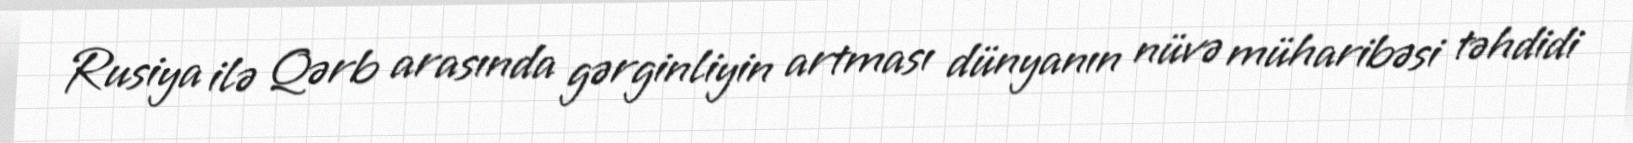
Rusiya ilə Qərb arasında gərginliyin artması dünyanın nüvə müharibəsi təhdidi